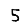
Digit: 5